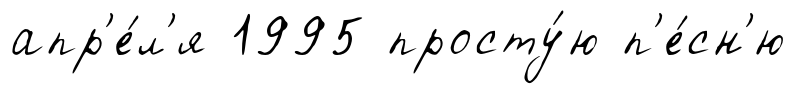
апр'е́л'я 1995 просту́ю п'е́сн'ю